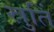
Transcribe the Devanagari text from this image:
स्रुतिं